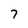
Character: 7